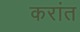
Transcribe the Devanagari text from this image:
करांत